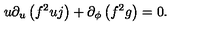
u \partial _ { u } \left( f ^ { 2 } u j \right) + \partial _ { \phi } \left( f ^ { 2 } g \right) = 0 .